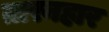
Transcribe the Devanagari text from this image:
तारनहार